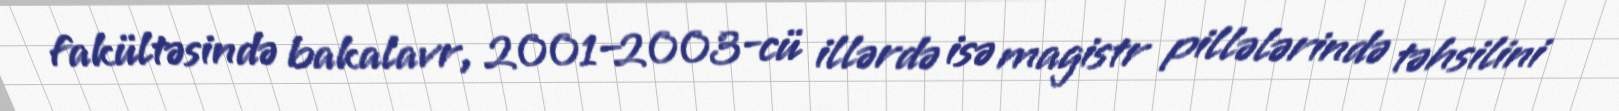
fakültəsində bakalavr, 2001–2003-cü illərdə isə magistr pillələrində təhsilini